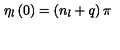
\eta _ { l } \left( 0 \right) = \left( n _ { l } + q \right) \pi